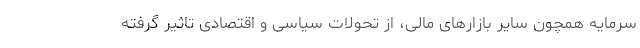
سرمایه همچون سایر بازارهای مالی، از تحولات سیاسی و اقتصادی تاثیر گرفته